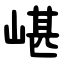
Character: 嵁